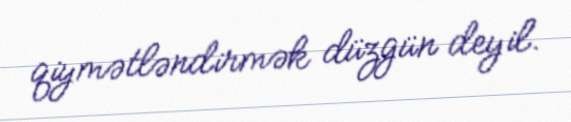
qiymətləndirmək düzgün deyil.